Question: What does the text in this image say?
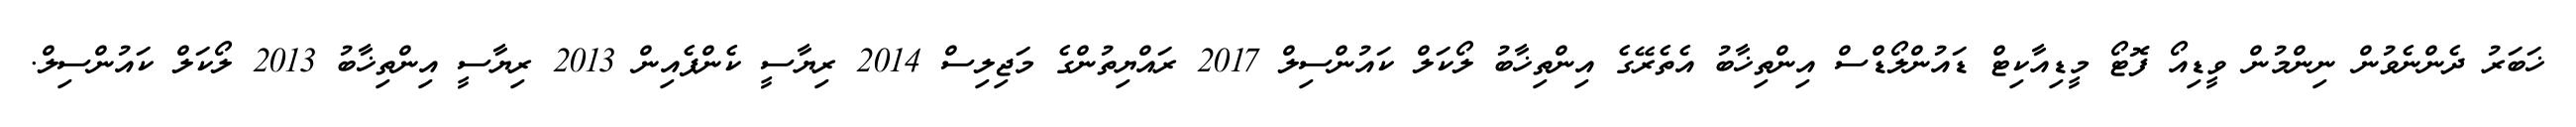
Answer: ޚަބަރު ދެންނެވުން ނިންމުން ވީޑިއޯ ފޮޓޯ މީޑިއާކިޓް ޑައުންލޯޑްސް އިންތިޚާބު އެތެރޭގެ އިންތިޚާބު ލޯކަލް ކައުންސިލް 2017 ރައްޔިތުންގެ މަޖިލިސް 2014 ރިޔާސީ ކެންޕެއިން 2013 ރިޔާސީ އިންތިޚާބު 2013 ލޯކަލް ކައުންސިލް.